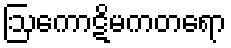
ဩကောဋိမကတရော